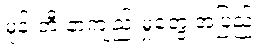
မုန်းတီးနာကျည်းမှုတွေ အပြည့်။